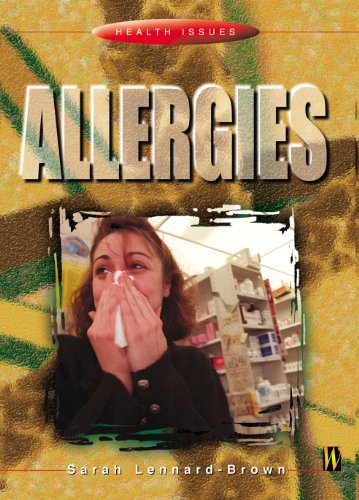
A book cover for Allergies (Health Issues); Sarah Lennard-Brown; Teen & Young Adult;